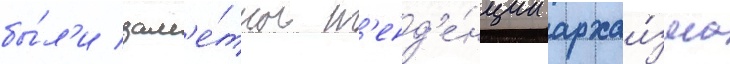
бы́л'и зам'е́тны т'енд'е́нции архаи́зма